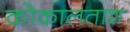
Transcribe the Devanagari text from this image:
कोकालताश